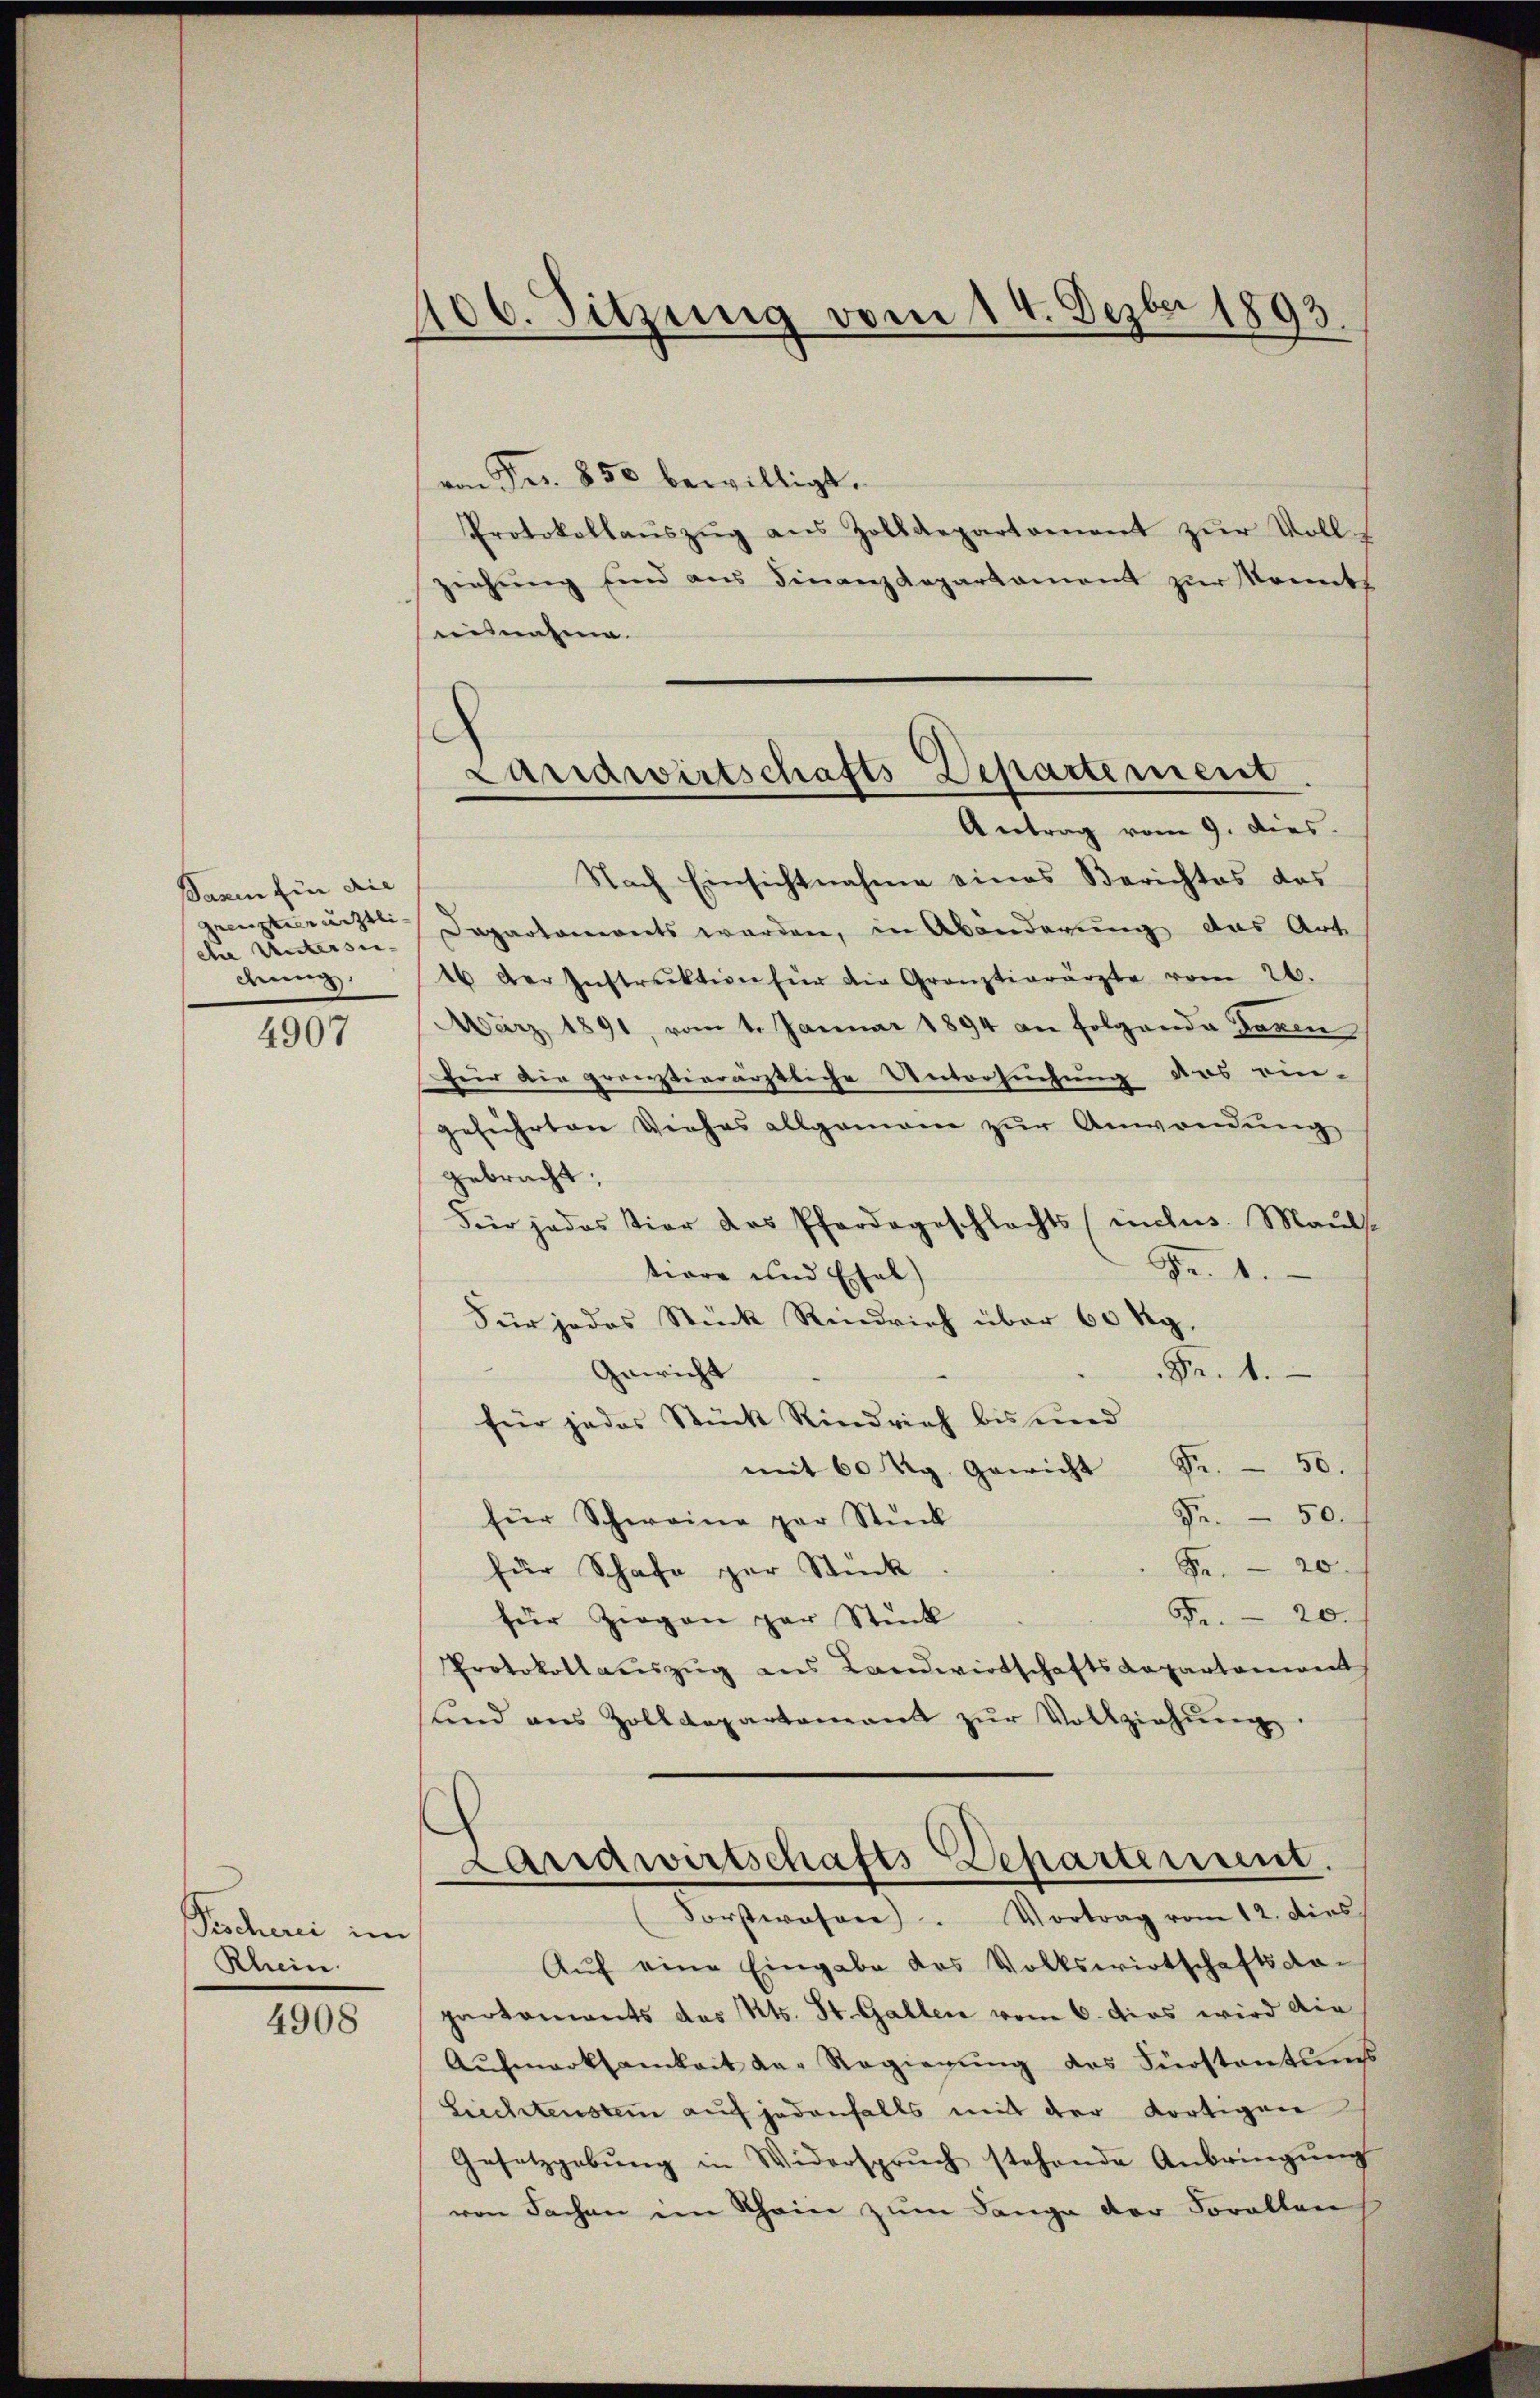
106. Sitzung vom 14. Dezbr 1893.

von Fr. 850 bewilligt.
Protokollaŭszŭg ans Zolldepartament zŭr Voll
ziehŭng sind aus Finanzdepartament zur konnt
eisnahme.
Nach Einsichtnahme eines Berichtes des
grenzteeracht Departamonts werden, in Abänderung das Art.
46 der Instruktion für die Gränztierärzte vom 26.
MMärz 1891, vom 1. Januar 1894 an Folgende Taxen
für die pronstierärztliche Untersuchung das ein-
geführten Viehas allgemann zur Anwendung
gebracht;
Für jedes stier des Pferdegeschlachts (inclus. Mauls.
Fr. 1.
tiore und Ehel
Für jedes Stück Rindvieh über 60 Kg.
Gewicht
Fr. 1.
für jedes Stück Rindrich bis und
mit 60 Rg. Gewicht Fr. 50.
Ju. 50.
für Schweine par Stück
20
für Schafe zur Stück
5. 20.
für Ziegen par Stück
Protokollaŭszŭg ans Landwirtschaftsdepartoniant
ŭnd aus Zolldepartamant zŭr Vollziehŭng
Landwirtschafts-Departement.
Forstwesen. Vortrag vom 12. dies
Aŭf eine Eingabe des Volkswirtschaftsda-
partements des Kts. St. Gallen vom 6. das wird die
Aŭfmerksamkeit der Regierŭng des Fürstantungs
Leichtenstein auf jedenfalls mit der dortigen
Gesetzgebŭng in Widersprŭch stehende Anbringŭng
von Sachen im Rhein zŭm Lange der Corallen

.
Landwirtschafts Departement
Antrag vom 9. dies

Sanen fin die
che Untersu-
dem.

4907

Pescheni im
Rhein

4908